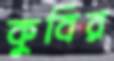
কুবির